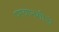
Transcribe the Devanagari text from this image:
परवानगीचे